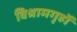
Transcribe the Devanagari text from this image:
विश्रामगृहों